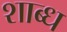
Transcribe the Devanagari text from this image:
शाब्ध